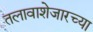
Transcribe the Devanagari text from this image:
तलावाशेजारच्या